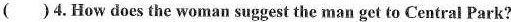
( ) 4.How does the woman suggest the man get to Central Park?